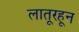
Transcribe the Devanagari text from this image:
लातूरहून